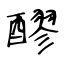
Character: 醪